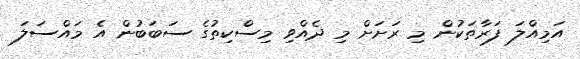
އަމިއްލަ ފަރާތަކުން މި ރަށަށް މި ދެއްވި މިސްކިތުގެ ސަބަބުން އެ މައްސަލަ